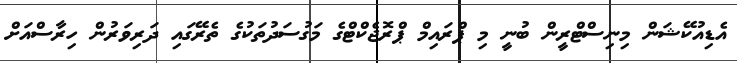
އެޑިއުކޭޝަން މިނިސްޓްރީން ބުނީ މި ޕްރައިމް ޕްރޮޖެކްޓްގެ މަގުސަދުތަކުގެ ތެރޭގައި ދަރިވަރުން ހިރާސްއަށް